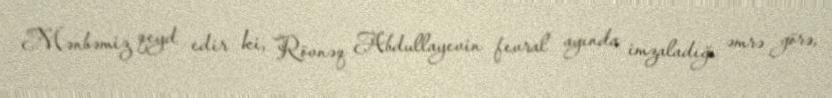
Mənbəmiz qeyd edir ki, Rövnəq Abdullayevin fevral ayında imzaladığı əmrə görə,